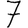
Digit: 7